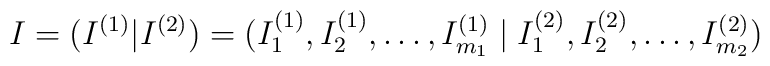
I=(I^{(1)}|I^{(2)})=(I_1^{(1)},I_2^{(1)},\ldots,I_{m_1}^{(1)}\;|\;I_1^{(2)},I_2^{(2)},\ldots,I_{m_2}^{(2)})